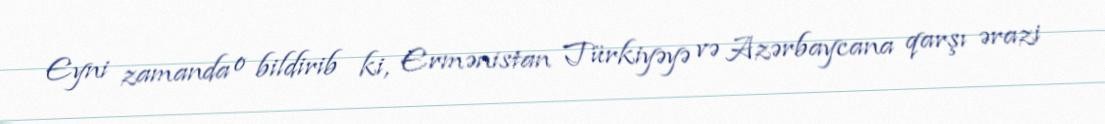
Eyni zamanda o bildirib ki, Ermənistan Türkiyəyə və Azərbaycana qarşı ərazi